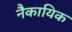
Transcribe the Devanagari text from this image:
नैकायिक